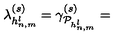
\lambda _ { h _ { n , m } ^ { l } } ^ { ( s ) } = \gamma _ { { \cal P } _ { h _ { n , m } ^ { l } } } ^ { ( s ) } =